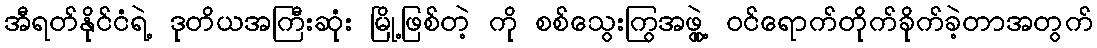
အီရတ်နိုင်ငံရဲ့ ဒုတိယအကြီးဆုံး မြို့ဖြစ်တဲ့ ကို စစ်သွေးကြွအဖွဲ့ွ ဝင်ရောက်တိုက်ခိုက်ခဲ့တာအတွက်